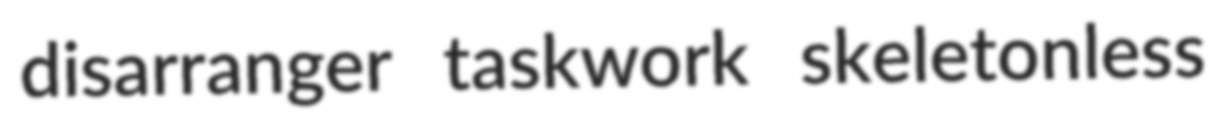
disarranger taskwork skeletonless